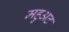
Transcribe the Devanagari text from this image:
महुअट